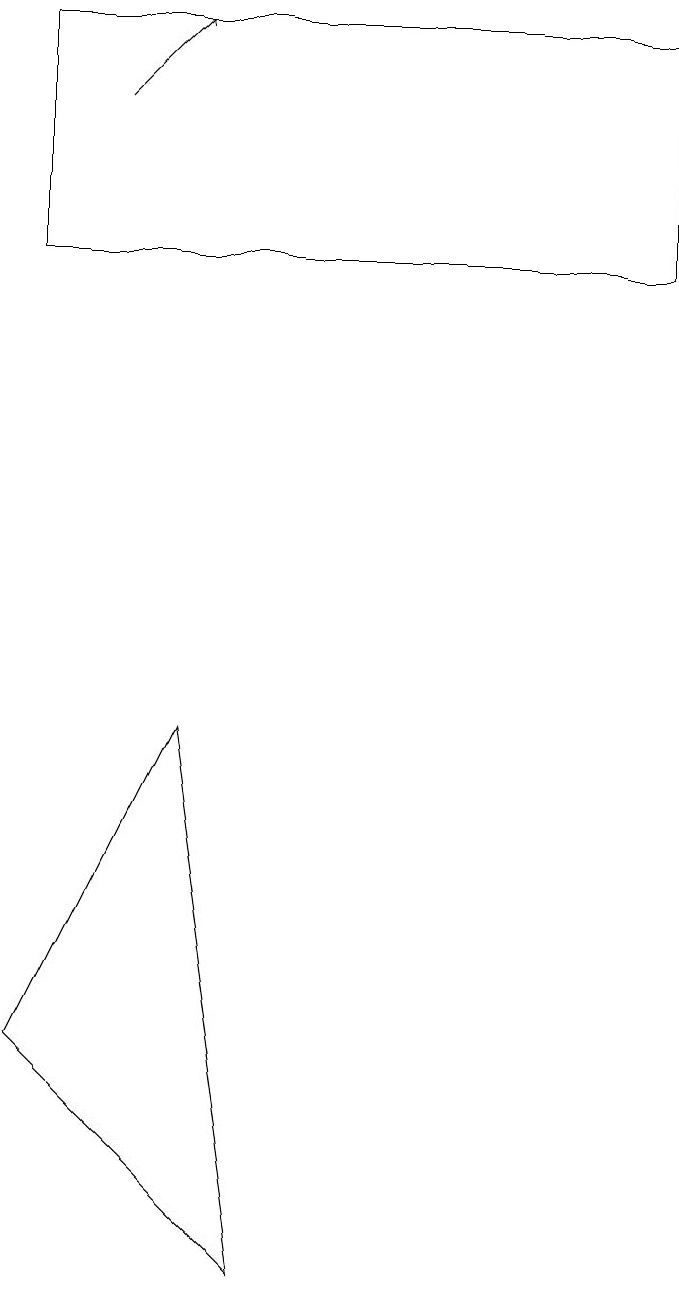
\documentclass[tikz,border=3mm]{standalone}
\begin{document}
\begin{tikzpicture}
\draw (9,14) rectangle (1,17);
\draw[->] (2,16) -- (3,17);
\draw (4,1) -- (1,4) -- (3,8) -- cycle;
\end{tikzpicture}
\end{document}